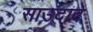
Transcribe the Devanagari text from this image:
साउदादे